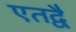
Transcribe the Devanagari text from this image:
एतद्वै